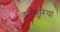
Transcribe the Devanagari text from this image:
दानपुरिया